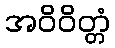
အဝိဝိတ္တံ